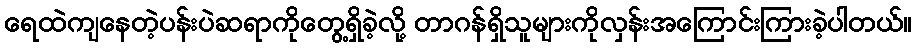
ရေထဲကျနေတဲ့ပန်းပဲဆရာကိုတွေ့ရှိခဲ့လို့ တာဂန်ရှိသူများကိုလှန်းအကြောင်းကြားခဲ့ပါတယ်။